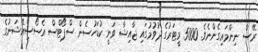
ރޭސް ނިންމައިގެންނެވެ. 5000 މީޓަރުގެ ދުވުމުގައި ޖާއިޝާ ވަނީ ކުޑަހުސެން ސްޕޯޓްސް އެސޯސިއޭޝަނުގެ